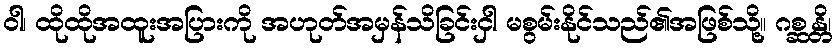
ဝါ၊ ထိုထိုအထူးအပြားကို အဟုတ်အမှန်သိခြင်းငှါ မစွမ်းနိုင်သည်၏အဖြစ်သို့။ ဂစ္ဆန္တိ၊